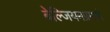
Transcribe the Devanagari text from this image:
बेल्जियमप्रमाणे